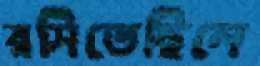
রসিতেছিলে